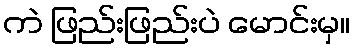
ကဲ ဖြည်းဖြည်းပဲ မောင်းမှ။